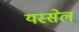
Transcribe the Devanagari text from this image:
यस्सेल